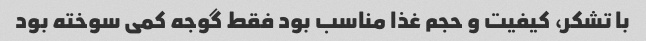
با تشکر، کیفیت و حجم غذا مناسب بود فقط گوجه کمی سوخته بود